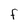
Character: F